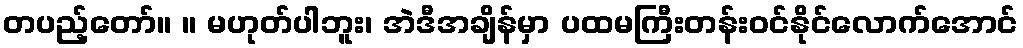
တပည့်တော်။ ။ မဟုတ်ပါဘူး၊ အဲဒီအချိန်မှာ ပထမကြီးတန်းဝင်နိုင်လောက်အောင်